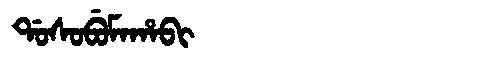
Manchu: ᡩᠣᠰᠣᠪᡠᠮᠠᡥᠠᠪᡳ
Romanization: DOSOBUMAHABI